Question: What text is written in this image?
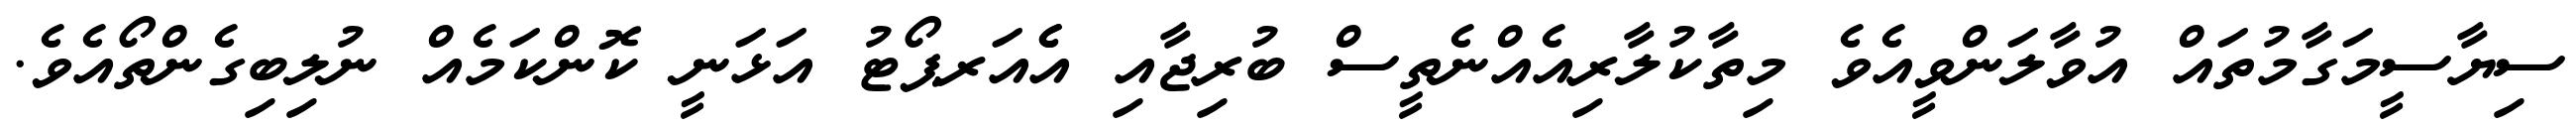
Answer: ސިޔާސީމަގާމުތައް އުވާލަންވީއެވެ މިތާކުލާރިއެއްނެތީސް ބުރިޖާއި އެެއަރޕޯޓު އަޅަނީ ކޮންކަމެއް ނުލިބިގެންތޯއެވެ.